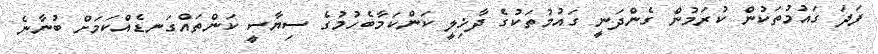
ފަދަ ގައުމުތަކުން ކުރަމުން ގެންދަނީ ގައުމުތަކުގެ ދާޚިލީ ކަންކަމާބެހުމުގެ ސިޔާސީ ކަންތައްގަނޑެއްކަމަށް ބުނާނެ